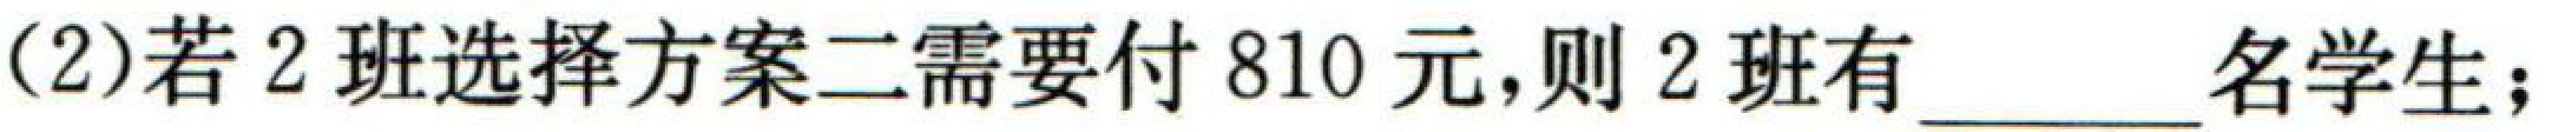
(2)若\(2\)班选择方案二需要付\(810\)元，则\(2\)班有  \underline{\qquad}名学生；